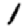
Digit: 1